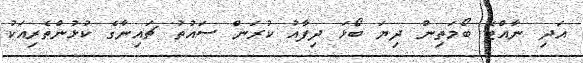
އަދި ނާއްޓޭ ބޯމަތިން ދިޔަ ބޯޅަ ދިފާއު ކުރަން ސައުތު ޗައިނާގެ ކުޅުންތެރިއަކު